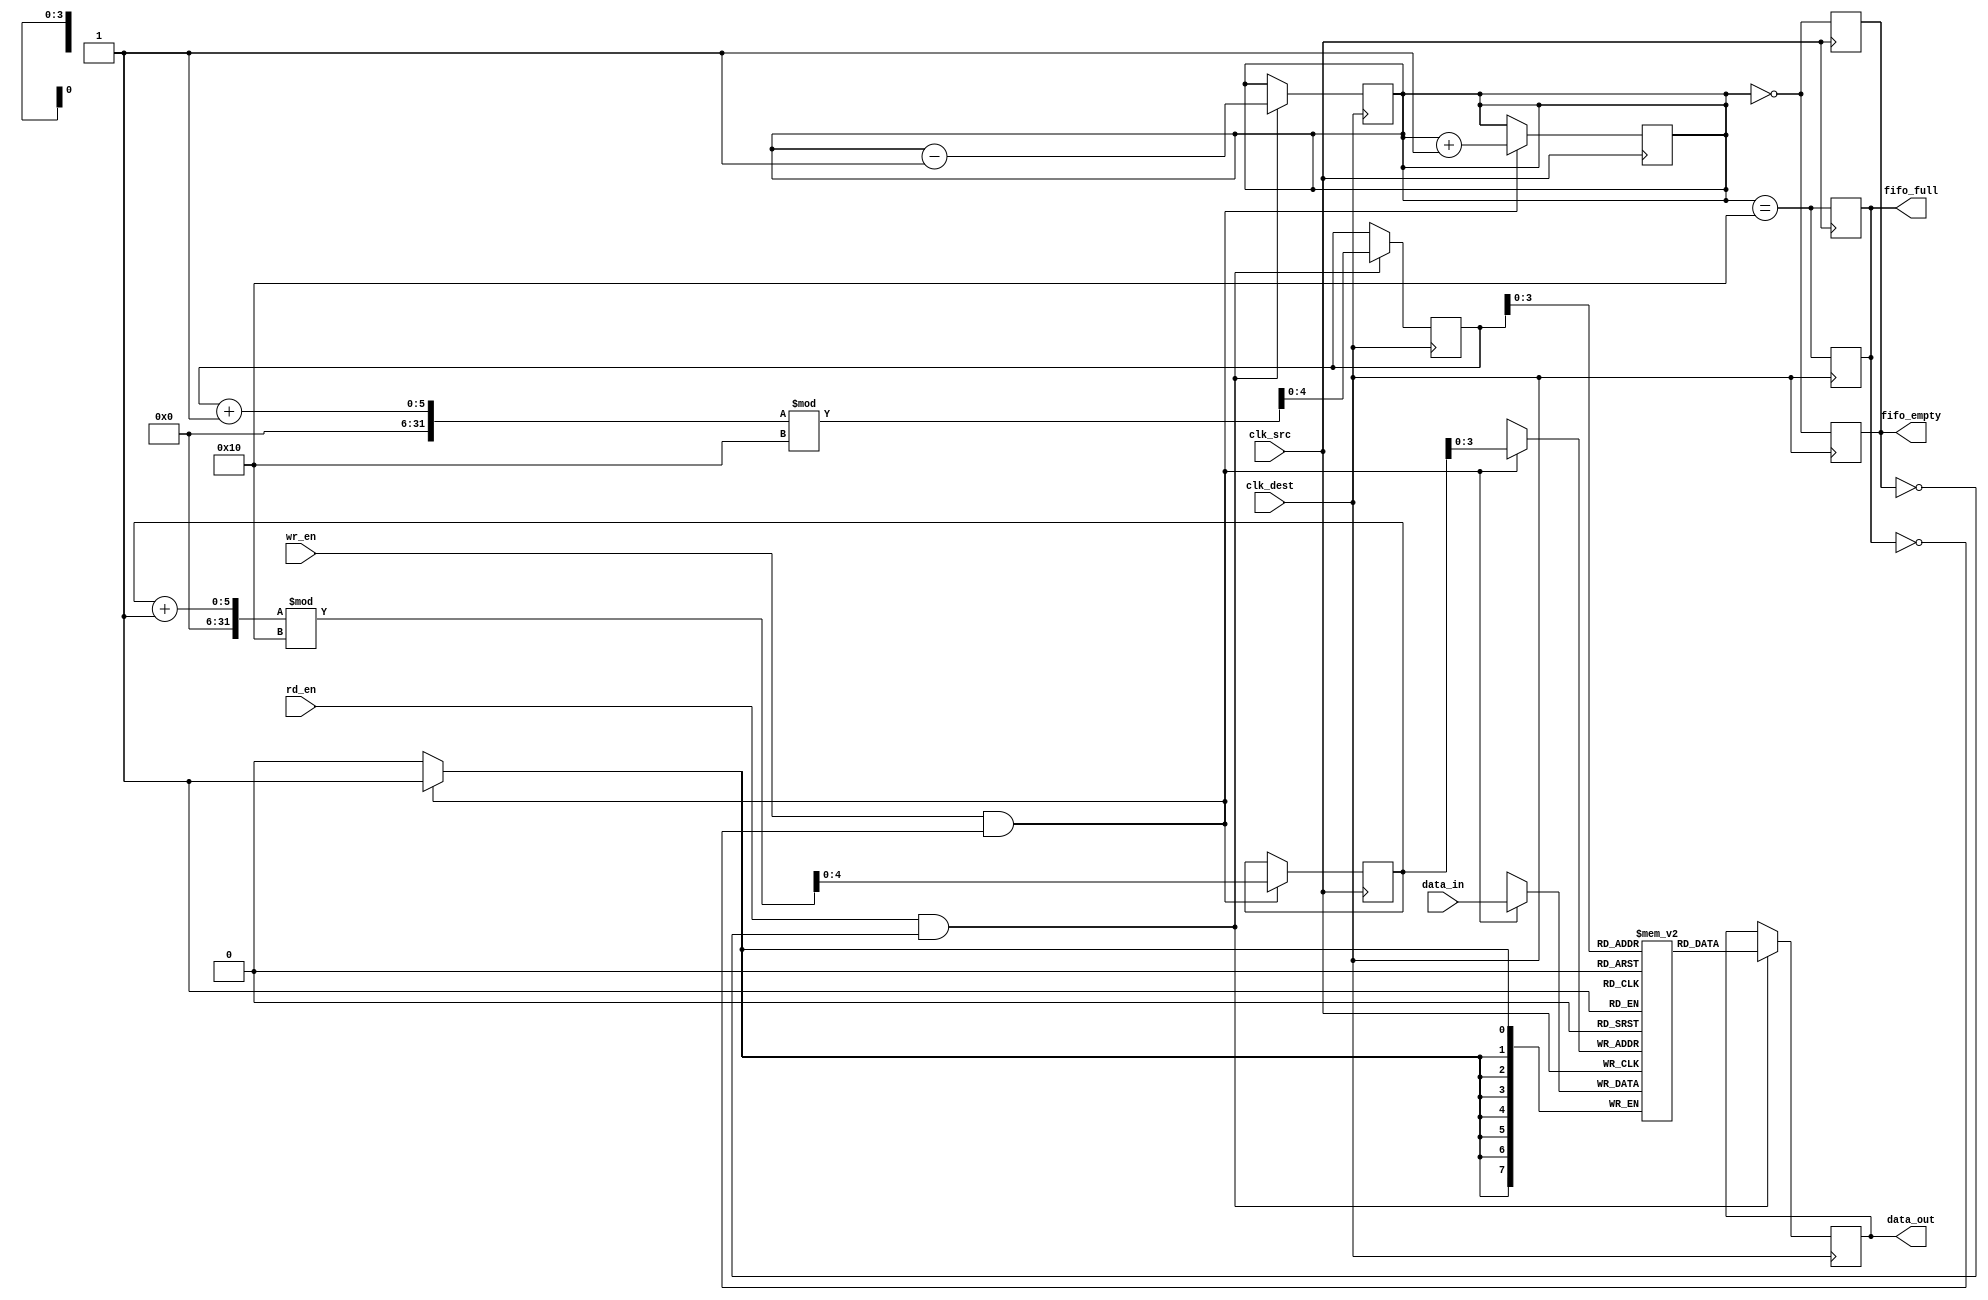
module fifo_synchronizer #(
    parameter DATA_WIDTH = 8,   // Width of the data
    parameter FIFO_DEPTH = 16    // Depth of the FIFO
)(
    input  wire                clk_src,      // Source clock
    input  wire                clk_dest,     // Destination clock
    input  wire [DATA_WIDTH-1:0] data_in,   // Data input
    input  wire                wr_en,        // Write enable
    input  wire                rd_en,        // Read enable
    output reg [DATA_WIDTH-1:0] data_out,    // Data output
    output reg                fifo_full,     // FIFO full flag
    output reg                fifo_empty      // FIFO empty flag
);

    // FIFO memory
    reg [DATA_WIDTH-1:0] fifo_mem [0:FIFO_DEPTH-1];
    reg [4:0] wr_ptr; // Write pointer
    reg [4:0] rd_ptr; // Read pointer
    reg [4:0] count;  // Number of items in the FIFO

    initial begin
        wr_ptr = 0;
        rd_ptr = 0;
        count = 0;
        fifo_full = 0;
        fifo_empty = 1;
    end

    // Write operation
    always @(posedge clk_src) begin
        if (wr_en && !fifo_full) begin
            fifo_mem[wr_ptr] <= data_in;
            wr_ptr <= (wr_ptr + 1) % FIFO_DEPTH;
            count <= count + 1;
        end
        // Update full and empty flags
        fifo_full <= (count == FIFO_DEPTH);
        fifo_empty <= (count == 0);
    end

    // Read operation
    always @(posedge clk_dest) begin
        if (rd_en && !fifo_empty) begin
            data_out <= fifo_mem[rd_ptr];
            rd_ptr <= (rd_ptr + 1) % FIFO_DEPTH;
            count <= count - 1;
        end
        // Update full and empty flags
        fifo_full <= (count == FIFO_DEPTH);
        fifo_empty <= (count == 0);
    end

endmodule